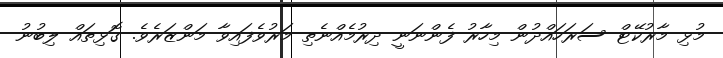
މުޅި މާރުކޭޓް ސަރަހައްދުން މިހާރު ފެންނަނީ ދިރުމެއްނެތި މަރުވެފައިވާ މަންޒަރެވެ. ގޮޅިތައް ލިބުނު